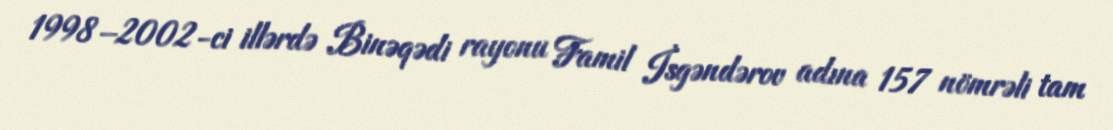
1998–2002-ci illərdə Binəqədi rayonu Famil İsgəndərov adına 157 nömrəli tam